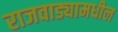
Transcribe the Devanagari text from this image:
राजवाड्यामधील